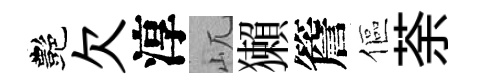
艷欠淳屼獺簷傴荼